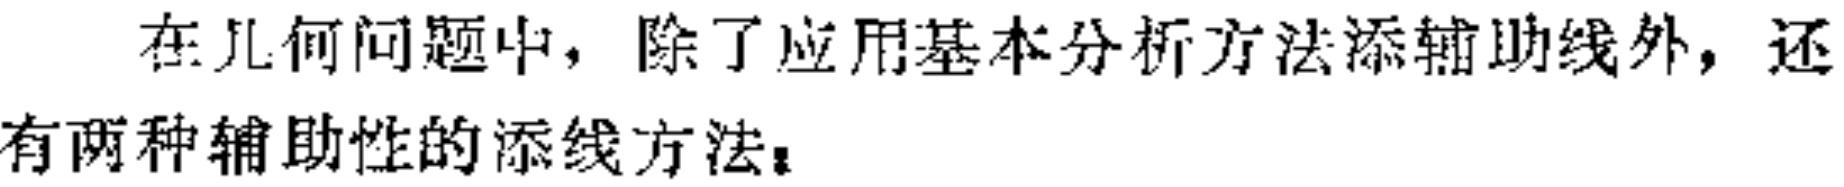
在几何问题中，除了应用基本分析方法添辅助线外，还有两种辅助性的添线方法：